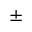
\pm